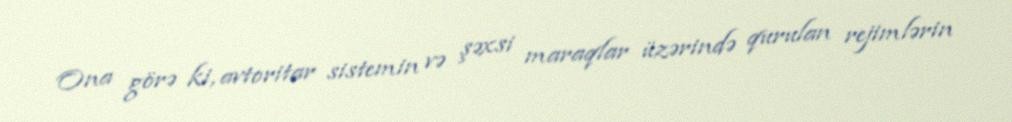
Ona görə ki, avtoritar sistemin və şəxsi maraqlar üzərində qurulan rejimlərin